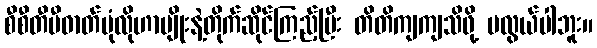
စီစီတီဗီဓာတ်ပုံလိုဟာမျိုးနဲ့တိုက်ဆိုင်ကြည့်ပြီး တိတိကျကျသိဖို့ မလွယ်ပါဘူး။